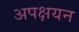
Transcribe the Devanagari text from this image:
अपक्षयन